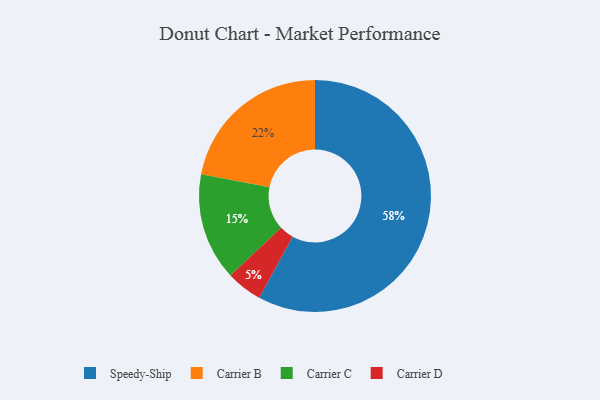
{"axis": {"x": "Category", "y": "Percentage"}, "legend": ["Carrier B", "Carrier C", "Carrier D", "Speedy-Ship"], "data": [{"x": "Carrier C", "y": 15, "type": "Carrier C"}, {"x": "Carrier B", "y": 22, "type": "Carrier B"}, {"x": "Carrier D", "y": 5, "type": "Carrier D"}, {"x": "Speedy-Ship", "y": 58, "type": "Speedy-Ship"}]}